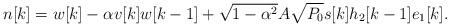
LaTeX: \begin{align*}n[k]=w[k]- \alpha v[k]w[k-1]+ \sqrt{1-\alpha^2}A\sqrt{P_0} s[k] h_2[k-1] e_1[k].\end{align*}